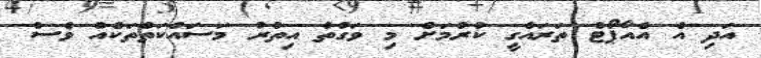
އަދި އެ އެއާޕޯޓް ތަރައްގީ ކުރުމަށް މި ވަގުތު އިތުރު މަސައްކަތްތަކެއް ވެސް